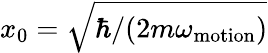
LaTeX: x_{0}=\sqrt{\hbar/(2m\omega_{\mathrm{motion}})}